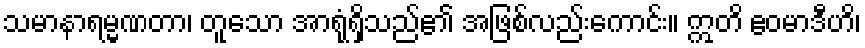
သမာနာရမ္မဏတာ၊ တူသော အာရုံရှိသည်၏ အဖြစ်လည်းကောင်း။ ဣတိ ဧဝမာဒီဟိ၊